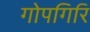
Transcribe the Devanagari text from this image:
गोपगिरि